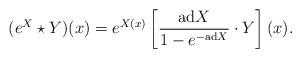
LaTeX: \begin{align*}(e^X \star Y)(x) = e^{X(x)} \left [ {{\rm ad} X\over 1 - e^{-{\rm ad} X}} \cdot Y \right](x).\end{align*}